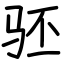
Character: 𬳵